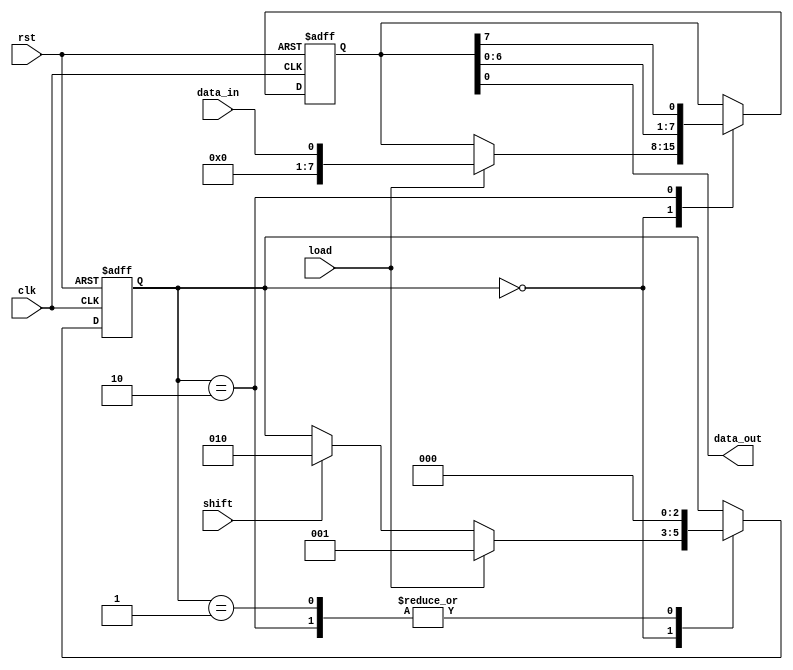
module parallel_in_serial_out_register (
    input wire clk,      // Clock input
    input wire rst,      // Reset input
    input wire load,     // Load input
    input wire shift,    // Shift input
    input wire data_in,  // Parallel data input
    output wire data_out // Serial data output
);

reg [7:0] register;      // Register to store the data
reg [2:0] state;         // State machine to control shifting operation

always @(posedge clk or posedge rst) begin
    if (rst) begin
        register <= 8'h00;     // Reset the register to all zeros
        state <= 3'b000;       // Reset state machine
    end else begin
        case (state)
            3'b000: begin // Idle state
                if (load) begin
                    register <= data_in; // Load data into the register
                    state <= 3'b001;      // Move to next state
                end else if (shift) begin
                    state <= 3'b010;      // Move to shift state
                end
            end
            3'b001: begin // Load state
                state <= 3'b000;          // Return to idle state
            end
            3'b010: begin // Shift state
                register <= {register[6:0], register[7]}; // Shift data to the right by one bit
                state <= 3'b000;                          // Return to idle state
            end
        endcase
    end
end

assign data_out = register[0]; // Output the serial data

endmodule